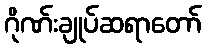
ဂိုဏ်းချုပ်ဆရာတော်